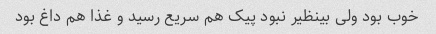
خوب بود ولی بینظیر نبود پیک هم سریع رسید و غذا هم داغ بود